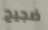
ضجيج